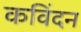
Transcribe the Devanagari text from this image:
कविंदन